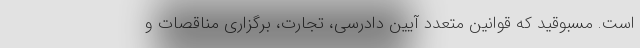
است. مسبوقید که قوانین متعدد آیین دادرسی، تجارت، برگزاری مناقصات و